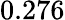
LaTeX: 0.276